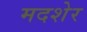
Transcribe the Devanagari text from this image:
मदशेर